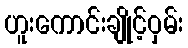
ဟူးကောင်းချိုင့်ဝှမ်း